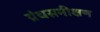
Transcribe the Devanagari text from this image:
ग्रंथसमीक्षण